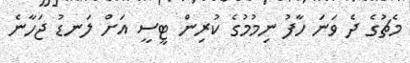
މެޗުގެ ދެ ވަނަ ހާފު ނިމުމުގެ ކުރިން ޓީސީ އަށް ލަނޑު ޖަހާނެ